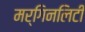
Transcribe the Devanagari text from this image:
मर्गिनलिटी